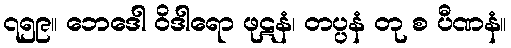
၇၅၉။ ဘေဒေါ ဝိဒါရော ဖုဋနံ၊ တပ္ပနံ တု စ ပီဏနံ။